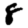
Digit: 8